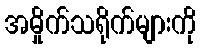
အမှိုက်သရိုက်များကို